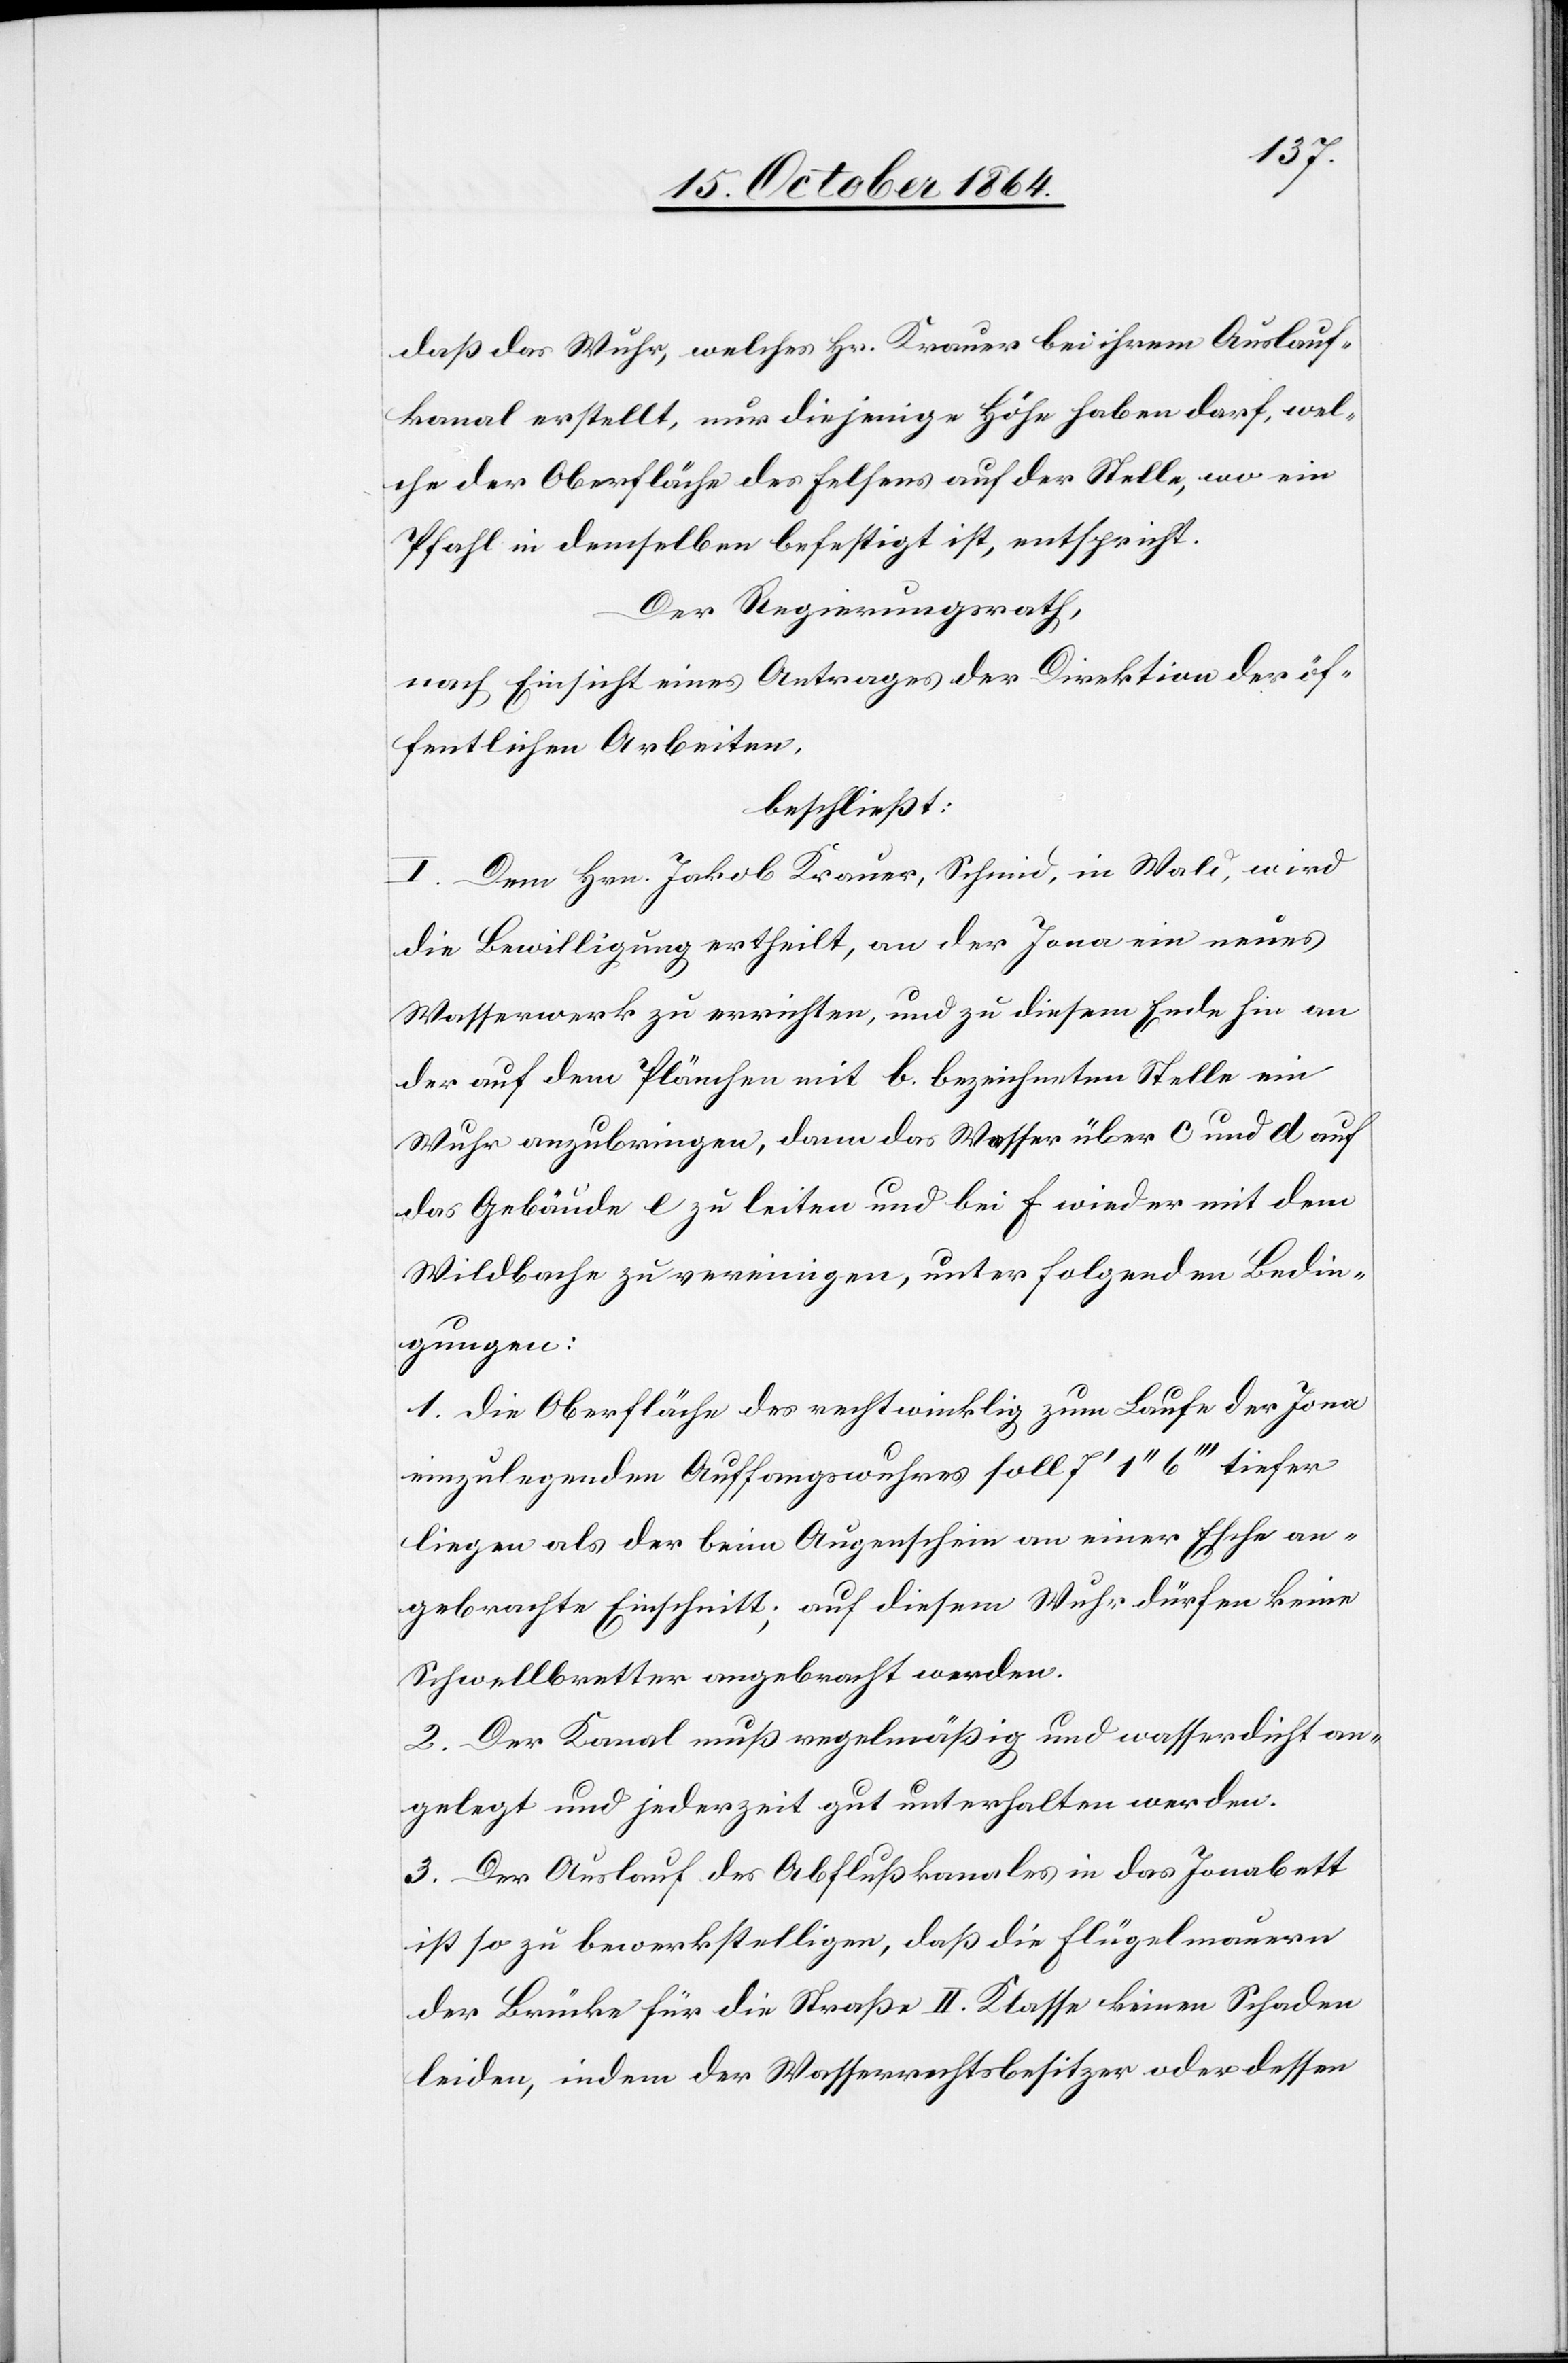
daß das Wuhr, welches Hr. Krauer bei ihrem Auslauf¬
kanal erstellt, nur diejenige Höhe haben darf, wel¬
che der Oberfläche desselben auf der Stelle, wo ein
Pfahl in demselben befestigt ist, entspricht.
Der Regierungsrath,
nach Einsicht eines Antrages der Direktion der öf¬
fentlichen Arbeiten,
beschließt:
I. Dem Hrn. Jakob Krauer, Schmid, in Wald, wird
die Bewilligung ertheilt, an der Jona ein neues
Wasserwerk zu errichten, und zu diesem Ende hin an
der auf dem Plänchen mit b. bezeichneten Stelle ein
Wuhr anzubringen, dann das Wasser über c und d auf
das Gebäude e zu leiten und bei f wieder mit dem
Wildbache zu vereinigen, unter folgenden Bedin¬
gungen:
1. Die Oberfläche des rechtwinklig zum Laufe der Jona
einzulegenden Auffangswuhres soll 7’ 1’’ 6’’’ tiefer
liegen als der beim Augenschein an einer Esche an¬
gebrachte Einschnitt; auf diesem Wuhr dürfen keine
Schwellbretter angebracht werden.
2. Der Kanal muß regelmäßig und wasserdicht an¬
gelegt und jederzeit gut unterhalten werden.
3. Der Auslauf des Abflußkanales in das Jonabett
ist so zu bewerkstelligen, daß die Flügelmauern
der Brücke für die Straße II. Klasse keinen Schaden
leiden, indem der Wasserrechtsbesitzer oder dessen